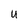
Character: u